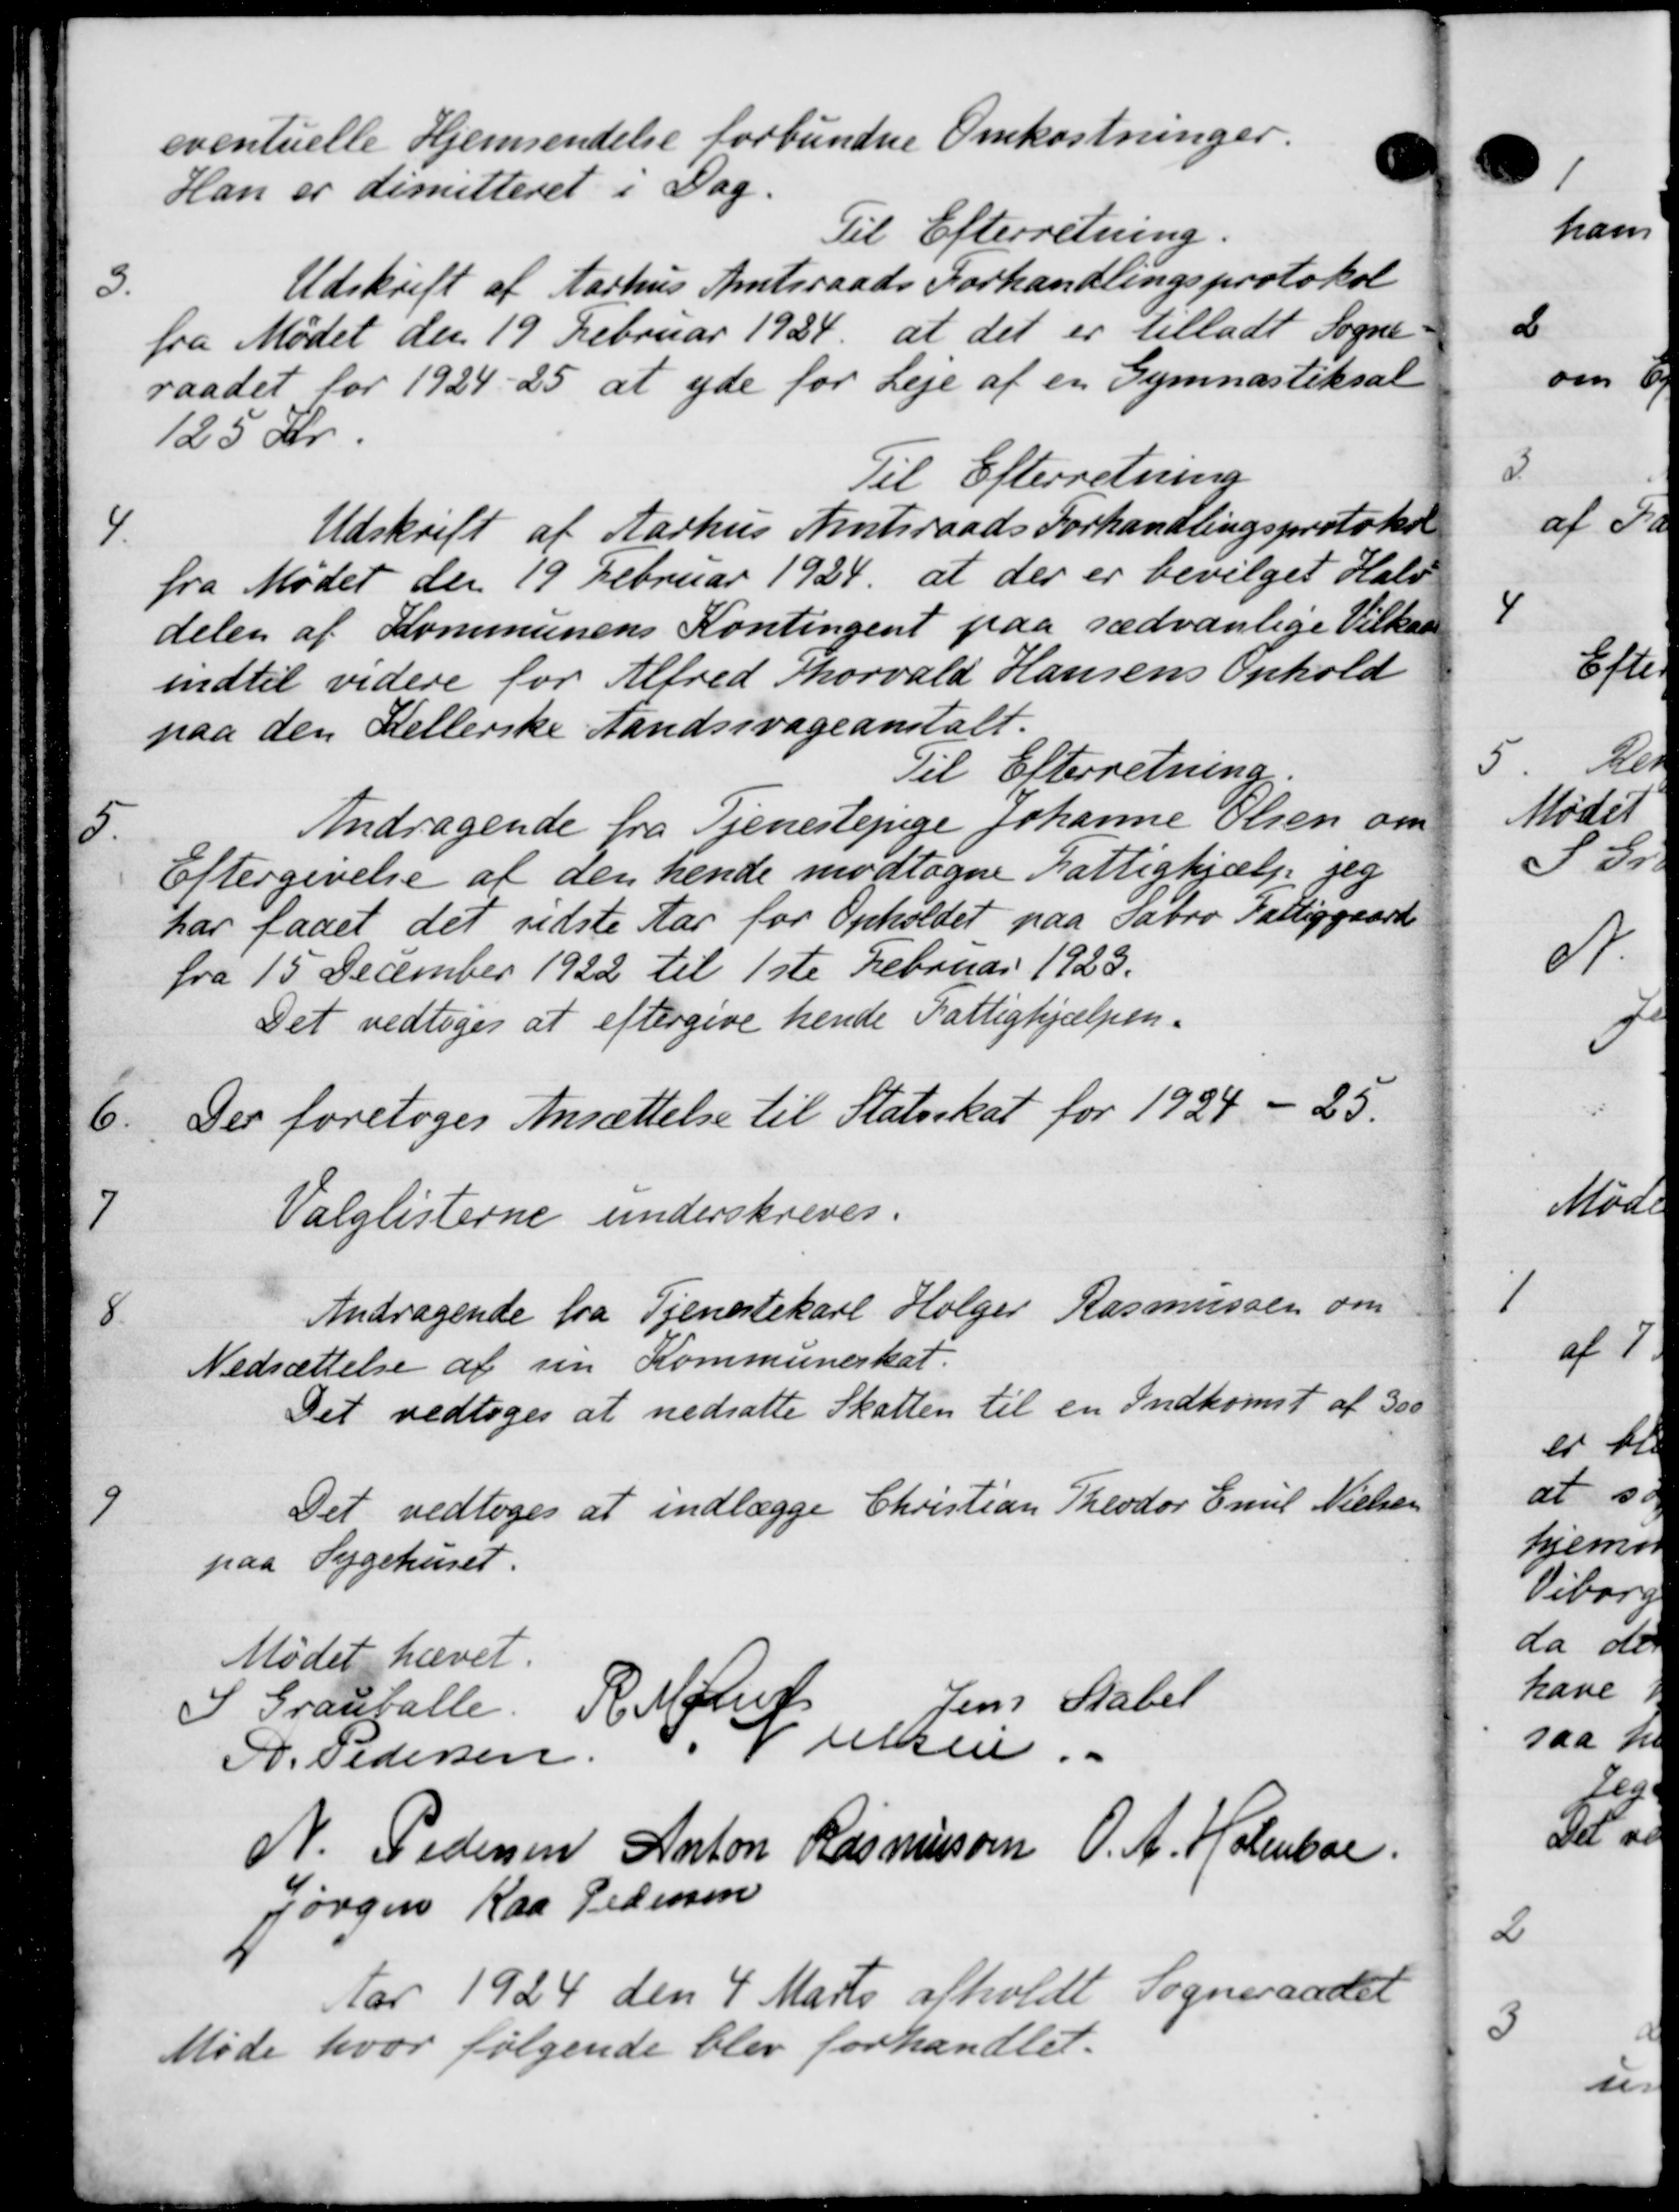
Transskription:
eventuelle Hjemsendelse forbundne Omkostninger.
Han er dimitteret i Dag.
Til Efterretning.
3.
Udskrift af Aarhus Amtsraads Forhandlingsprotokol
fra Mødet den 19 Februar 1934 at det er tilladt Sogne-
raadet for 1924-25 at yde for Leje af en Gymnastiksal
125 Kr.
Til Efterretning
4
Udskrift af Aarhus Amtsraads Forhandlingsprotokol
fra Mødet den 19 Februar 1924, at der er bevilget Halv
delen af Kommunens Kontingent paa sædvanlige Vilkaa
indtil videre for Alfred Thorvald Hansens Ophold
paa den Kellerske Landssvageanstalt.
Til Efterretning
5
Andragende fra Tjenestepige Johanne Olsen om
Eftergivelse af den hende modtagne Fattighjælp jeg
har faaet det sidste Aar for Opholdet paa Sabro Fattiggaard
fra 15 December 1922 til 1ste Februar 1923.
Det vedtoges at eftergive hende Fattighjælpen.
6
Der foretoges Ansættelse til Statsskat for 1924 - 25.
7
Valglisterne underskreves.
8
Andragende fra Tjenestekarl Holger Rasmussen om
Nedsættelse af sin Kommuneskat.
Det vedtoges at nedsatte Skatten til en Indkomst af 300
9
Det vedtoges at indlægge Christian Theodor Emil Nielsen
paa Sygehuset.
Mødet hævet.
I Grantalle. R. Mødren
Jens Stabel
P. Pedersen
uksen.
N. Pedersen Anton Rasmussen O. A. Holmboe
Jørgen Kaa Pedersen
Aar 1924 den 4 Marts afholdt Sogneraadet
Møde hvor følgende blev forhandlet.